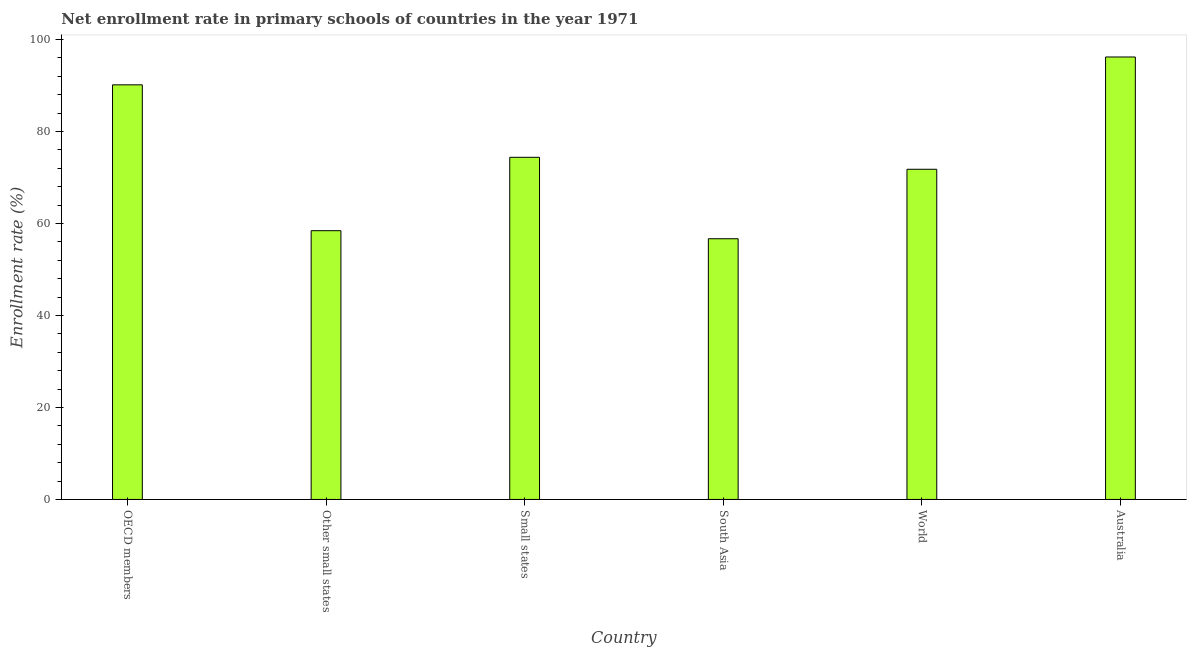
| Country | Adjusted net enrolment rate |
 | --- | --- |
 | OECD members | 90.1 |
 | Other small states | 58.4 |
 | Small states | 74.4 |
 | South Asia | 56.7 |
 | World | 71.8 |
 | Australia | 96.2 |